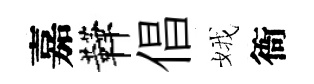
嘉鞾倡娥衙